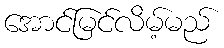
အောင်မြင်လိမ့်မည်